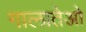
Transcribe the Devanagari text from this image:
गालातेओ